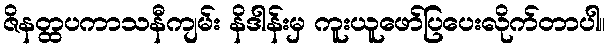
ဇိနတ္ထပကာသနီကျမ်း နိဒါန်းမှ ကူးယူဖော်ပြပေးလိုက်တာပါ။